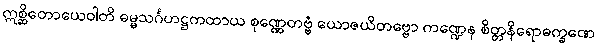
ဣစ္ဆိတောယေဝါတိ ဓမ္မသင်္ဂဟဋ္ဌကထာယ စုဏ္ဏေတဗ္ဗံ ယောဇယိတဗ္ဗော ကဏ္ဍေန စိတ္တနိရောဓက္ခဏေ